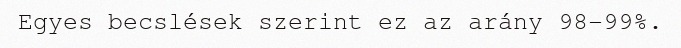
Egyes becslések szerint ez az arány 98-99%.